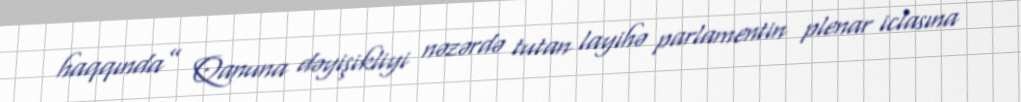
haqqında” Qanuna dəyişikliyi nəzərdə tutan layihə parlamentin plenar iclasına